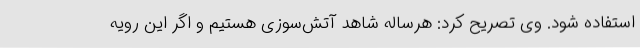
استفاده شود. وی تصریح کرد: هرساله شاهد آتش‌سوزی هستیم و اگر این رویه